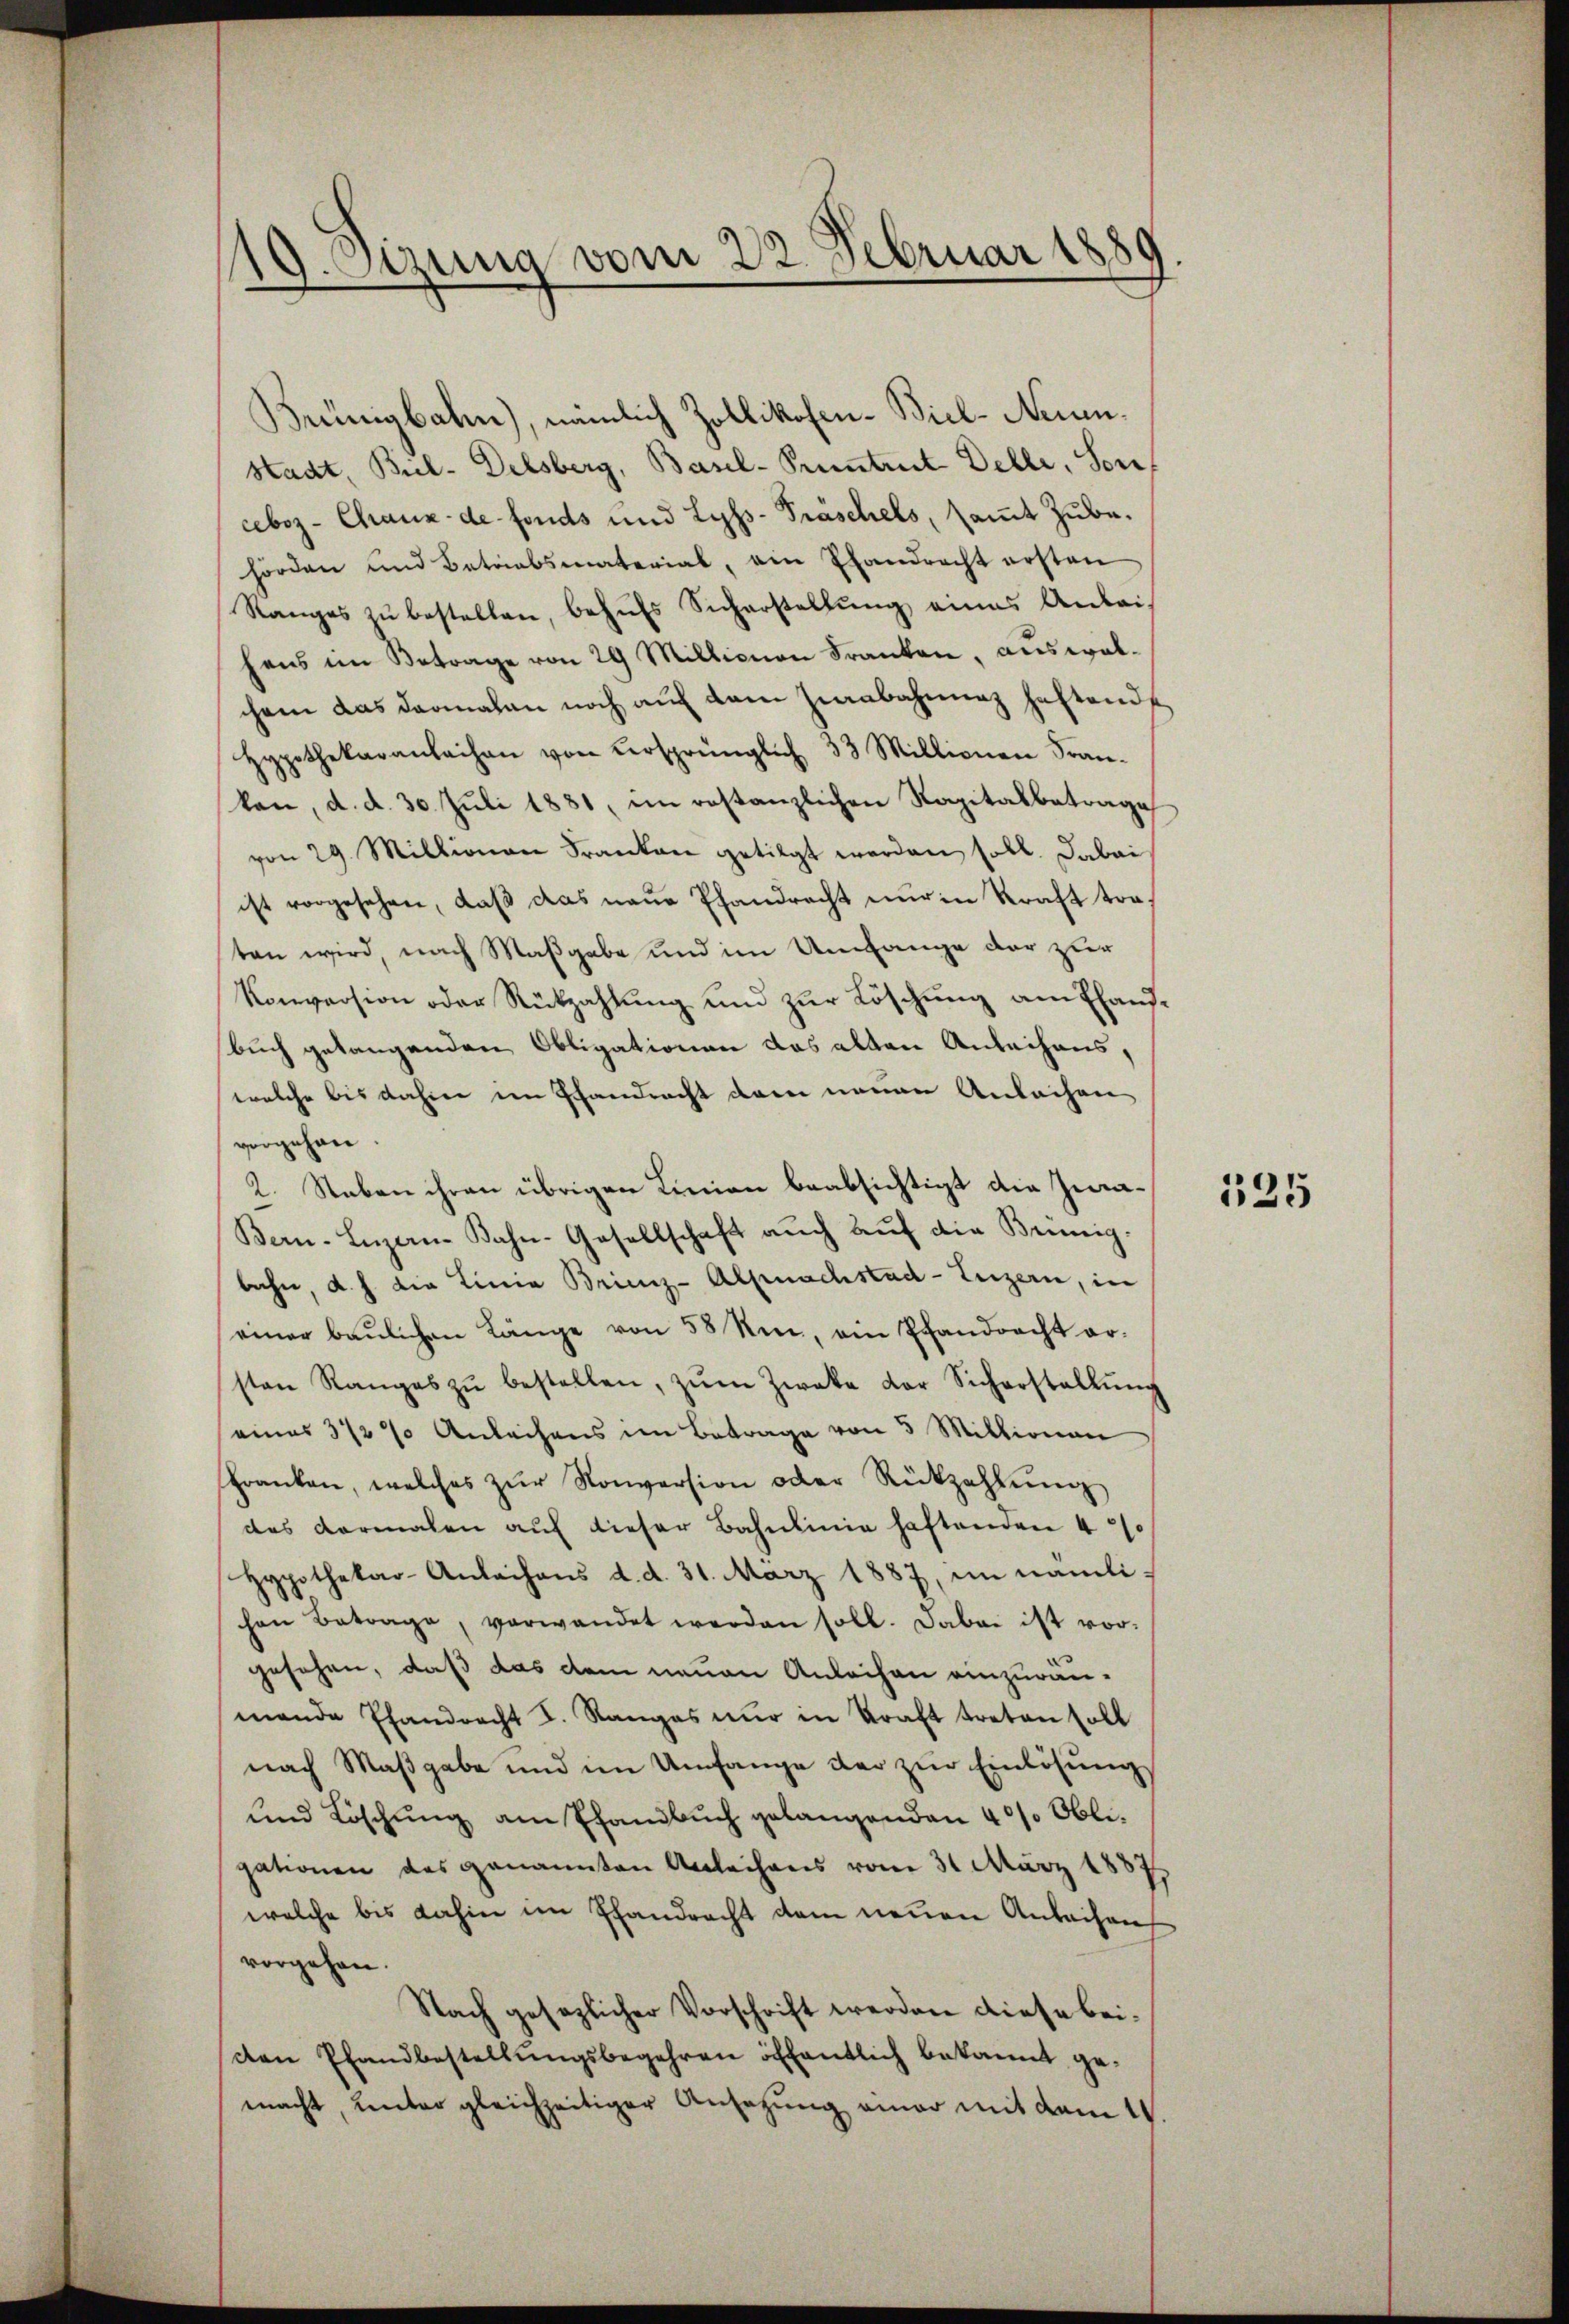
19. Oezung vom 22. Februar 1889

Brünigbahn), nämlich Zollikofen-Biel-Neuen¬
Stadt, Bril-Delsberg, Basel-Pruntrut Delli, Souf
ceboz - Chraux de fonds und Lyss-Präschels, samt Zube-
hörden und Betriabsmaterial, ein Elandrecht ersten
Ranges zŭ bestellen, behŭfs Sicherstellŭng eines Anleihens im Betrage von 29 Millionen Franken, auswalchem das darmalen noch auf dem Ziabahnung heftende
Hypothekaranlaihan von Versprünglich 33 Millionen Fran-
kan, d. d. 30. Juli 1881, im restanzlichen Kapitalbetrage
von 29. Millionen Franken getilgt werden soll. Dabei
ist vorgesehen, daß das neue Pfandrecht nur in Kraft traten wird, nach Maßgabe und im Umfange der zur
Konversion oder Rückzahlung und zur Löschung am Thaus¬
Buch gelangenden Obligationen das alten Anleihens,
welche bis dahin im Pfandracht dann neuen Anleihen
vorgehen
2. Staben ihren übrigen Linien beabsichtigt die Zwie¬
Bern-Lŭzern-Bahn-Gesellschaft aŭch aŭf die Brünig-
bahn, d. h. die Linie Brienz-Alpnachstad-Luzern, in
einer baŭlichen Länge von 58 Um, ein Pfandrecht ar-
sten Ranges zŭ bestellen, zŭm Zweke der Sicherstallŭng
eines 3 1/2 % Anleihens im Betrage von 5 Millionen
Franken, welches zŭr Konversion oder Rückzahlŭng
des Formalen aŭf dieser Bahnlinie haftenden 40
Hypothekar-Anleihens d. d. 31. März 1887, im nämlihen Betrage, verwandet werden soll. Dabei ist vor-
gesehen, daß das dem neuen Anleihen einzuräumende Pfandrecht I. Ranges nur in Kraft treten soll
nach Maßgabe und im Umfange der zŭr Einlösung
und Löschung am Pfandbuch gelangenden 40% Obligationen das genannten Anleihens vom 31 März 1887
welche bis dahin im Pfandrecht dem neuen Anleihen
vorgehen.
Nach gesezlicher Vorschrift werden diese bei.
den Pfandbestellungsbegehren öffentlich bekannt gemacht, unter gleichzeitiger Ansetzung einer mit dem 1.

135